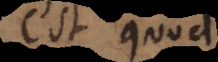
est quod